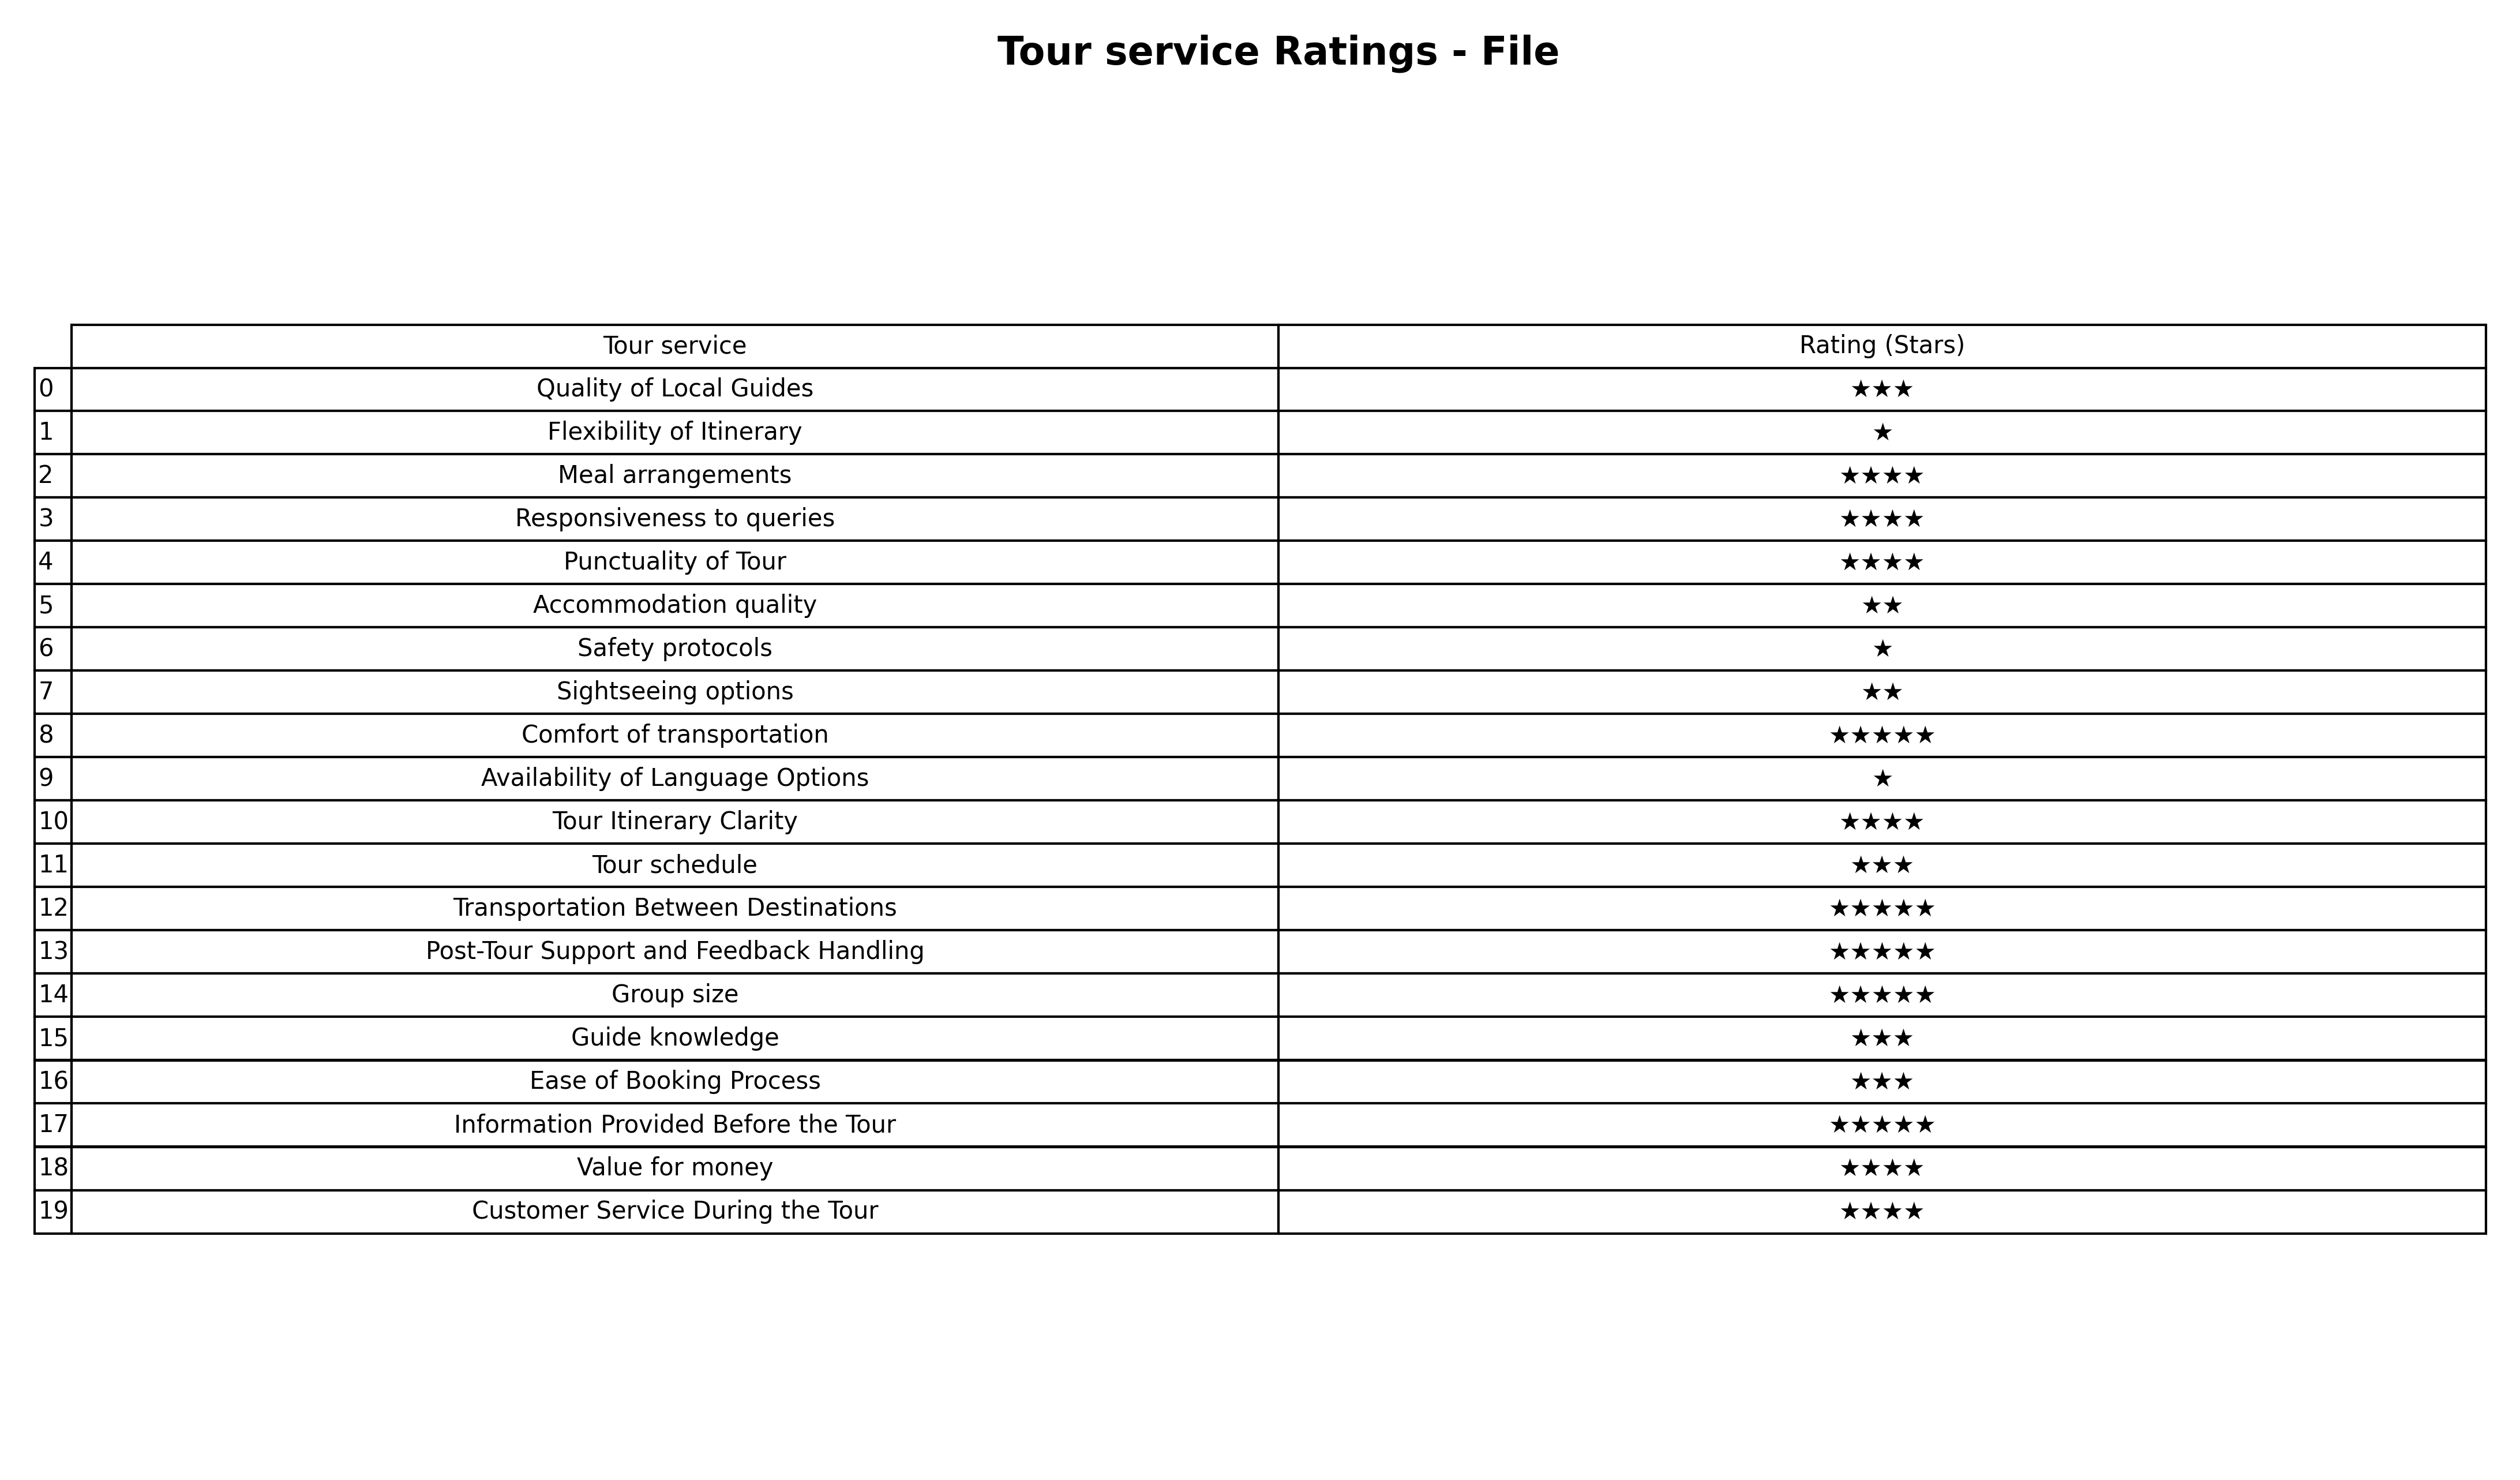
question: What is the rating of Responsiveness to queries?
answer: ★★★★